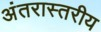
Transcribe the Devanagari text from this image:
अंतरास्तरीय